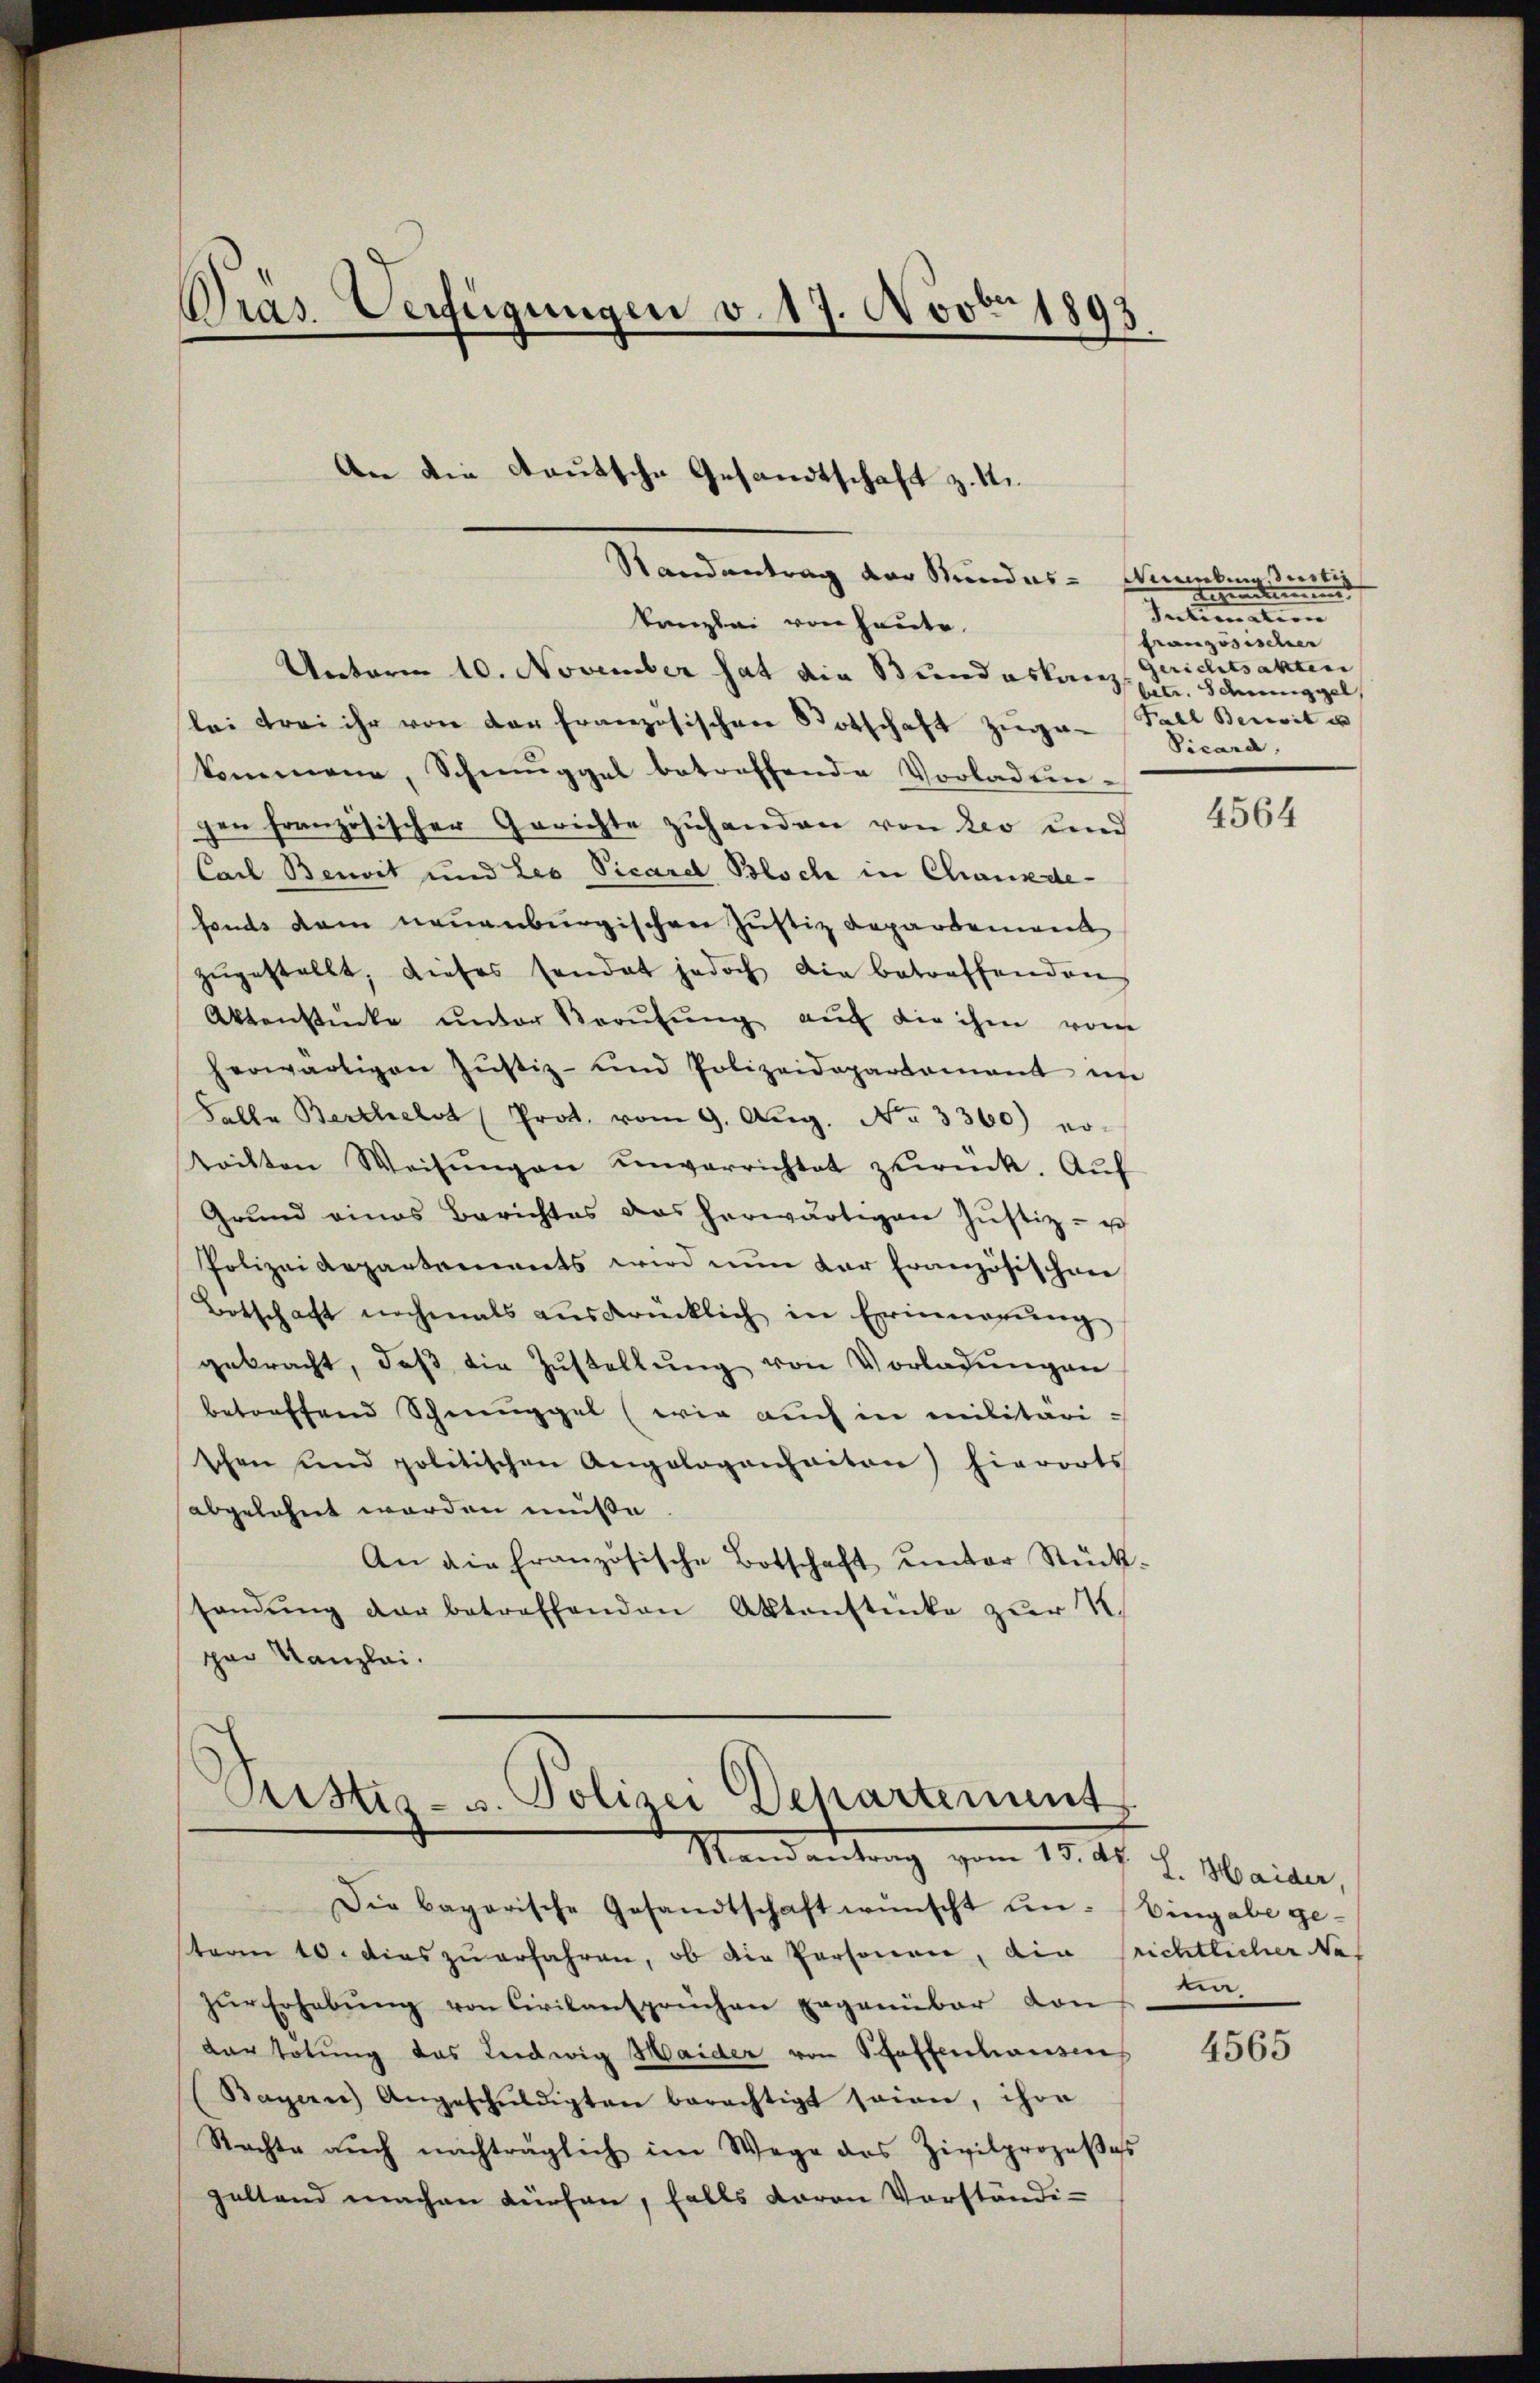
Präs. Verfügungen v. 17. Nov. 1893
An die Deutsche Gesandtschaft z. 1.

Randantrag der Kundes-

Pristis- u. Polizei Departement
Mandendung vom 10. ds. v. Meiler,

kanzlei von heute.
Unterm 10. November hat die Bundeskanz. Schmuggel
lei Frei ihr von der französischen Botschaft zuge-
kommene, Schmuggel betreffende Vorladen-
gen französischer Gerichte zuhanden von Leo und
Carl Benoit und Leo Vicard Bloch in Chankde-
fonds dem neuenburgischen Justiz Dapartement
zŭgestellt, dieses sandat jedoch die betreffenden
Aktenstücke unter Berufung auf die ihm vom
herwärtigen Jŭstiz- und Polizeidepartamant im
Falle Berthelst Prot. vom 9. Aŭg. No. 3360) er-
tockten Weisŭngen unverrichtet zurück. Aŭf
Grŭnd eines Berichtes das herwärtigen Jŭstiz- u
Polizeidepartements wird nun dar französischen
Botschaft nochmals aŭsdrücklich in Erinnerŭng
gebracht, daβ die Zŭstellŭng von Vorladŭngen
betreffend Schmuggel (wie auch in militärischen und politischen Angelogenhaiten) hierorts
abgelehnt worden müsse.
An die Französische Botschaft ŭnter Rück-
Handŭng der betreffenden Aktenstücke zŭr N.
par Kanzlei.

Miuntaustiz
Seiten
Intimation
französischer
Gerichtsakten
Fall Bereit es
Vicard

Die bayerische Gesandtschaft wünscht un- Eingabe ge-
steren 10. dies zu erfahren, ob die Personen, die srichtlicher Nes
zŭr Erhebŭng von Civilansprüchen gegenüber von
dar totung das Ludwig Haider von Pfaffenhausens
Bayern) Angeschŭldigten berechtigt seien, ihre
Rachte aŭch nachträglich im Wege des Zivilprozeβsas
geltend machen dürfen, falls davon Vorständi-

4564

ten

4565